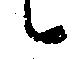
候